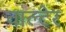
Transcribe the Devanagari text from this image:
वाल्टेर